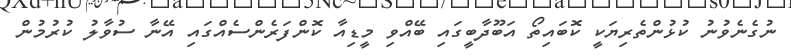
ނުގެނެވުނު ކުޅުންތެރިޔަކީ ކޮބައިތޯ އަބޫދާބީގައި ބޭއްވި މީޑިއާ ކޮންފަރެންސެއްގައި އޭނާ ސުވާލު ކުރުމުން